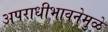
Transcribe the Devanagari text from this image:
अपराधीभावनेमुळे